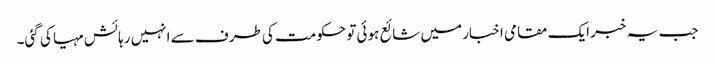
جب یہ خبر ایک مقامی اخبار میں شائع ہوئی تو حکومت کی طرف سے انہیں رہائش مہیا کی گئی۔